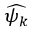
\widehat { \psi _ { k } }